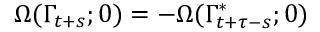
\Omega ( \Gamma _ { t + s } ; 0 ) = - \Omega ( \Gamma _ { t + \tau - s } ^ { * } ; 0 )